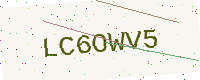
Text: LC6OWV5